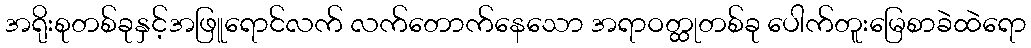
အရိုးစုတစ်ခုနှင့်အဖြူရောင်လက် လက်တောက်နေသော အရာဝတ္ထုတစ်ခု ပေါက်တူးမြေစာခဲထဲရော